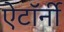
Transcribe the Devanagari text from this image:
ऐटॉर्नी